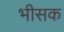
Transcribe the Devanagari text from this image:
भीसक